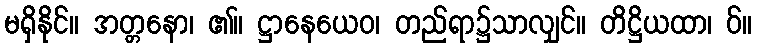
မရှိနိုင်။ အတ္တနော၊ ၏။ ဋ္ဌာနေယေဝ၊ တည်ရာ၌သာလျှင်။ တိဋ္ဌိယထာ၊ ဝ်။